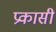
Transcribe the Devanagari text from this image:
प्रकासी